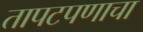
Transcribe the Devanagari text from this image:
तापटपणाचा